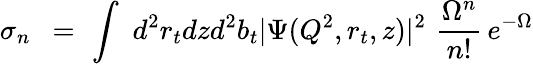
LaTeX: \sigma_{n}\, \, \, =\, \, \int\, \, d^{2}r_{t}dzd^{2}b_{t}|\Psi(Q^{2},r_{t},z)|^{2}\, \, \frac{\Omega^{n}}{n!}\, e^{-\Omega}